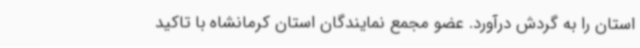
استان را به گردش درآورد. عضو مجمع نمایندگان استان کرمانشاه با تاکید